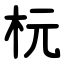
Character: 杬